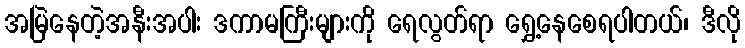
အမြဲနေတဲ့အနီးအပါး ဒကာမကြီးများကို ရေလွတ်ရာ ရွှေ့နေစေရပါတယ်၊ ဒီလို